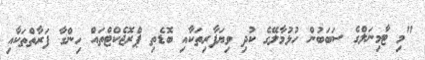
"މި ޓާމިނަލްގެ ސަބަބުން ހުޅުމާލޭގެ ކުދި ވިޔަފާރިތަކާއި ބޮޑެތި ޕްރޮޖެކްޓްތައް ހިންގާ ފަރާތްތަކާއި